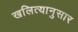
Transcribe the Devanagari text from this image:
खलित्यानुसार